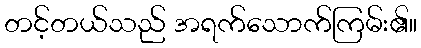
တင့်တယ်သည် အရက်သောက်ကြမ်း၏။